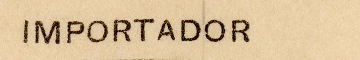
IMPORTADOR